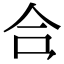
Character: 𪛗